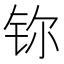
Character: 鿭